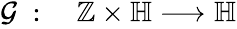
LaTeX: \begin{array}{rl}{\mathcal{G}\; :}&{{}\; \mathbb{Z}\times\mathbb{H}\longrightarrow\mathbb{H}}\end{array}